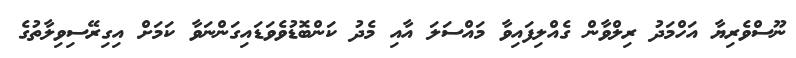
ނޫސްވެރިޔާ އަހްމަދު ރިލްވާން ގެއްލިފައިވާ މައްސަލަ އާއި މެދު ކަންބޮޑުވެވަޑައިގަންނަވާ ކަމަށް އިގިރޭސިވިލާތުގެ